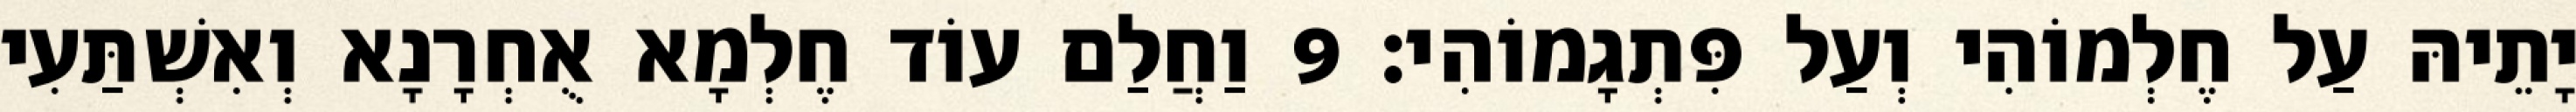
יָתֵיהּ עַל חֶלְמוֹהִי וְעַל פִּתְגָמוֹהִי׃ 9 וַחֲלַם עוֹד חֶלְמָא אֻחְרָנָא וְאִשְׁתַּעִי